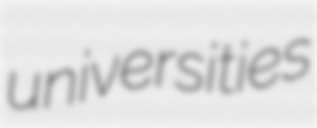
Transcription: universities